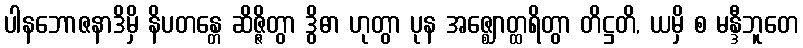
ပါနဘောဇနာဒိမှိ နိပတန္တေ ဆိဇ္ဇိတွာ ဒွိဓာ ဟုတွာ ပုန အဇ္ဈောတ္ထရိတွာ တိဋ္ဌတိ, ယမှိ စ မန္ဒီဘူတေ